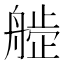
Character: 𬜙